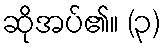
ဆိုအပ်၏။ (၃)